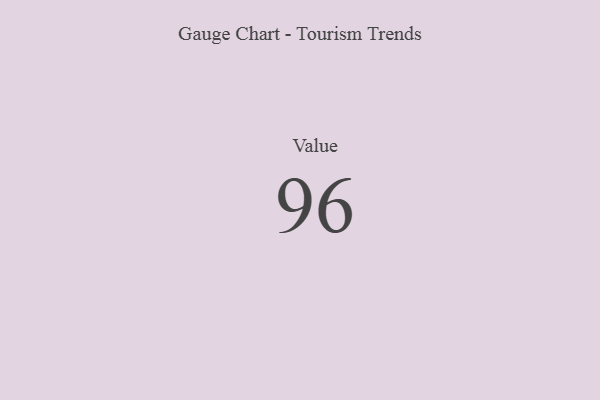
{"axis": {"x": "Metric", "y": "Value"}, "legend": [""], "data": [{"x": "Value", "y": 96, "type": ""}]}